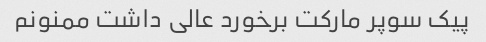
پیک سوپر مارکت برخورد عالی داشت ممنونم